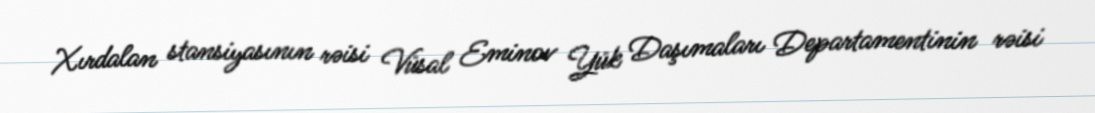
Xırdalan stansiyasının rəisi Vüsal Eminov Yük Daşımaları Departamentinin rəisi